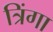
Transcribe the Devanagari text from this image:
त्रिंगा